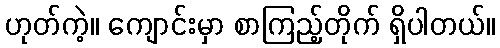
ဟုတ်ကဲ့။ ကျောင်းမှာ စာကြည့်တိုက် ရှိပါတယ်။